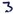
Text: 3